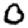
Digit: 0